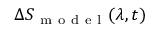
\Delta S _ { \mathrm { ~ m ~ o ~ d ~ e ~ l ~ } } ( \lambda , t )